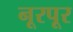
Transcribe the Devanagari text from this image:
नूरपूर